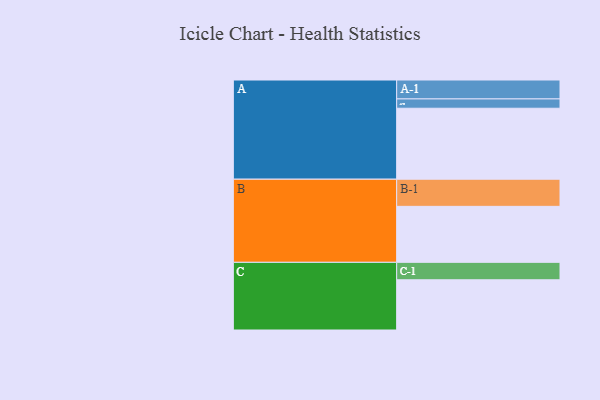
{"axis": {"x": "Segment", "y": "Value"}, "legend": ["", "A", "B", "C"], "data": [{"x": "A", "y": 578, "type": ""}, {"x": "B", "y": 456, "type": ""}, {"x": "C", "y": 409, "type": ""}, {"x": "A-1", "y": 154, "type": "A"}, {"x": "A-2", "y": 76, "type": "A"}, {"x": "B-1", "y": 221, "type": "B"}, {"x": "C-1", "y": 142, "type": "C"}]}